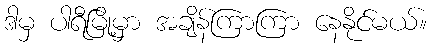
ဒါမှ ပါရီမြို့မှာ အချိန်ကြာကြာ နေနိုင်မယ်။